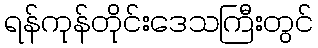
ရန်ကုန်တိုင်းဒေသကြီးတွင်